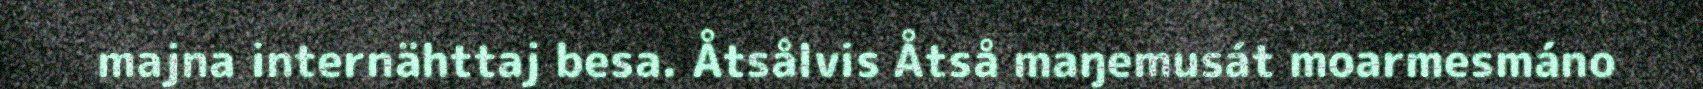
majna internähttaj besa. Åtsålvis Åtså maŋemusát moarmesmáno